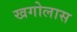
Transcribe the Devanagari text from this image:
खगोलास